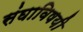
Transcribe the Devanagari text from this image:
संघाविषयी